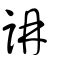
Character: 䛁